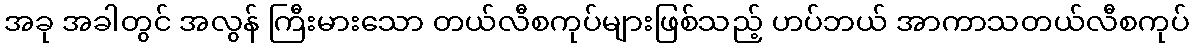
အခု အခါတွင် အလွန် ကြီးမားသော တယ်လီစကုပ်များဖြစ်သည့် ဟပ်ဘယ် အာကာသတယ်လီစကုပ်